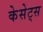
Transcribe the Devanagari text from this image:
केसेट्स